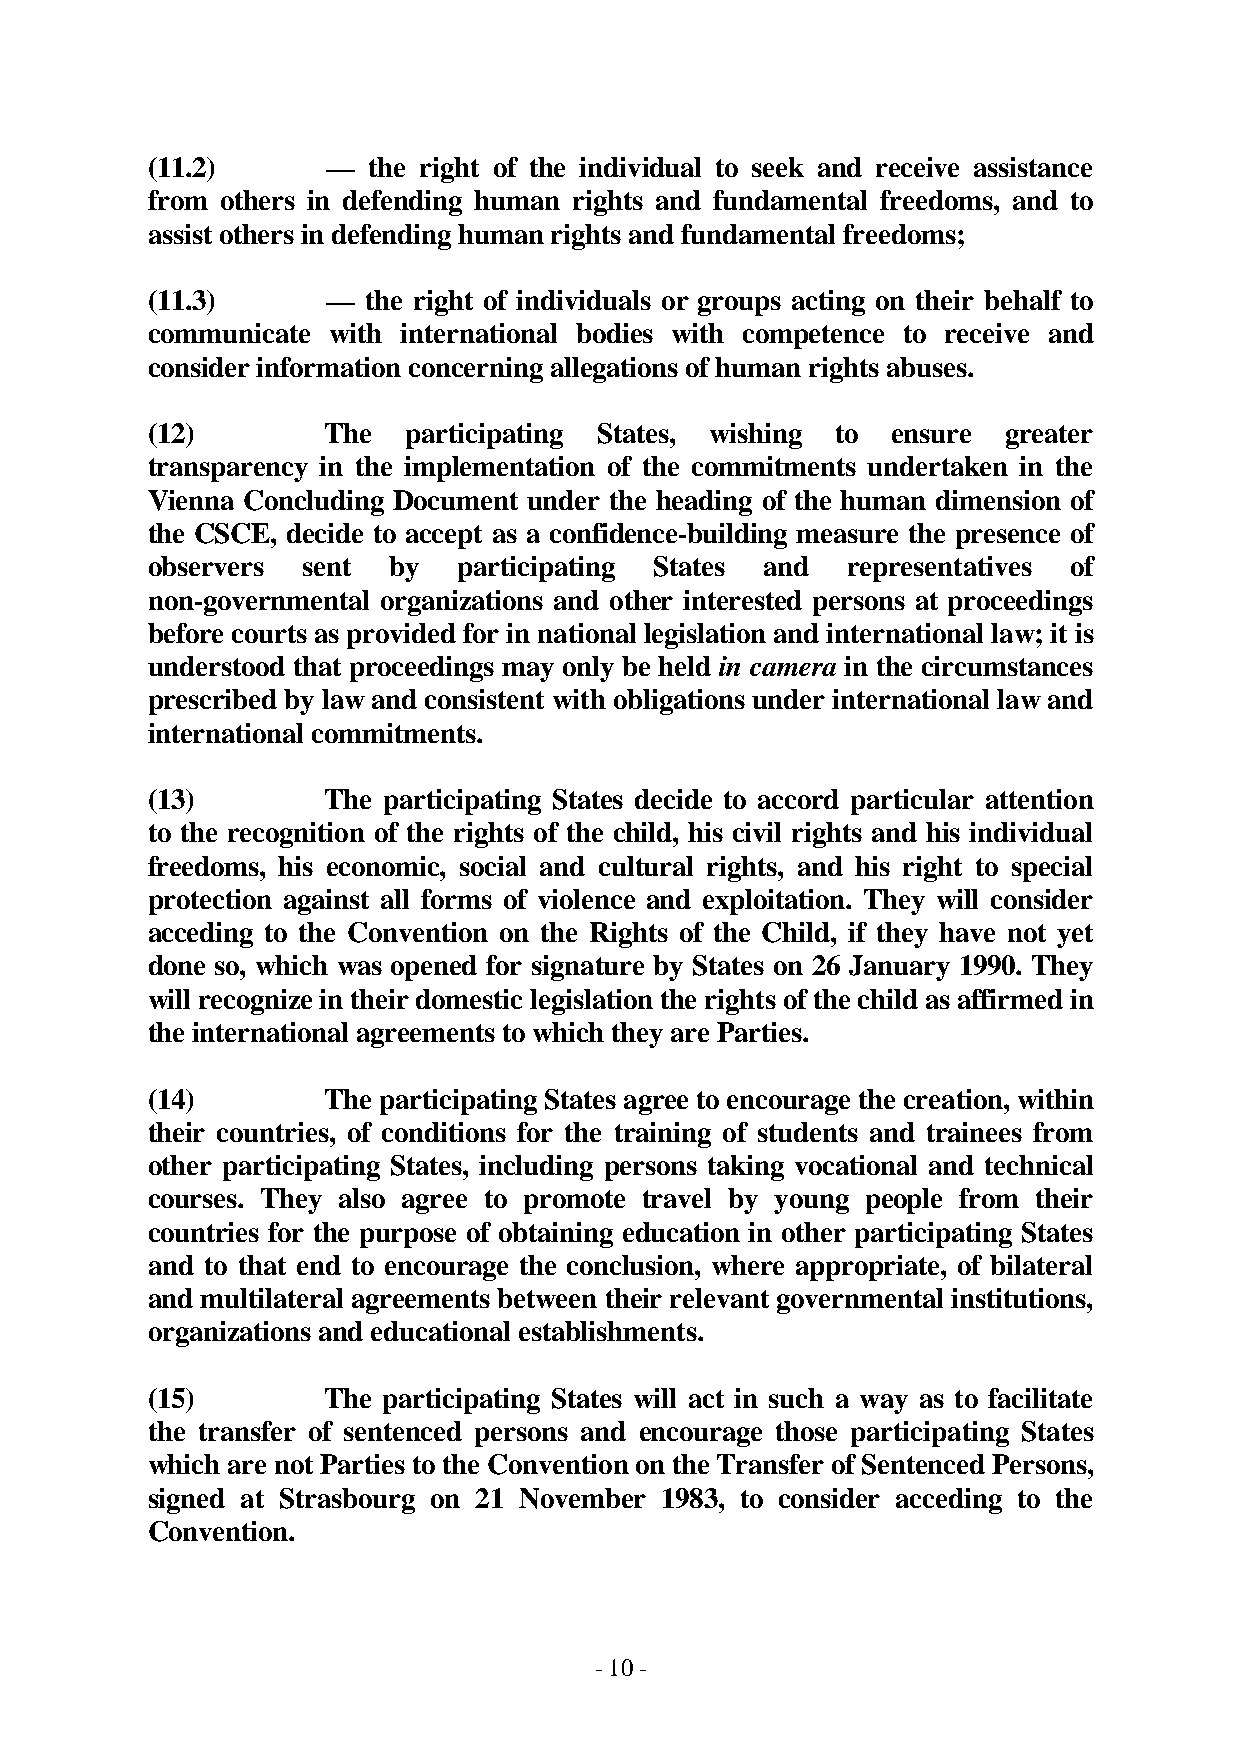
(11.2)      — the right of the individual to seek and receive assistance
 from others in defending human rights and fundamental freedoms, and to
 assist others in defending human rights and fundamental freedoms;
 (11.3)      — the right of individuals or groups acting on their behalf to
 communicate with international bodies with competence to receive and
 consider information concerning allegations of human rights abuses.
 (12)        The  participating States, wishing to ensure greater
 transparency in the implementation of the commitments undertaken in the
 Vienna Concluding Document under the heading of the human dimension of
 the CSCE, decide to accept as a confidence-building measure the presence of
 observers sent  by  participating States and  representatives of
 non-governmental organizations and other interested persons at proceedings
 before courts as provided for in national legislation and international law; it is
 understood that proceedings may only be held in camera in the circumstances
 prescribed by law and consistent with obligations under international law and
 international commitments.
 (13)        The participating States decide to accord particular attention
 to the recognition of the rights of the child, his civil rights and his individual
 freedoms, his economic, social and cultural rights, and his right to special
 protection against all forms of violence and exploitation. They will consider
 acceding to the Convention on the Rights of the Child, if they have not yet
 done so, which was opened for signature by States on 26 January 1990. They
 will recognize in their domestic legislation the rights of the child as affirmed in
 the international agreements to which they are Parties.
 (14)        The participating States agree to encourage the creation, within
 their countries, of conditions for the training of students and trainees from
 other participating States, including persons taking vocational and technical
 courses. They also agree to promote travel by young people from their
 countries for the purpose of obtaining education in other participating States
 and to that end to encourage the conclusion, where appropriate, of bilateral
 and multilateral agreements between their relevant governmental institutions,
 organizations and educational establishments.
 (15)        The participating States will act in such a way as to facilitate
 the transfer of sentenced persons and encourage those participating States
 which are not Parties to the Convention on the Transfer of Sentenced Persons,
 signed at Strasbourg on 21 November 1983, to consider acceding to the
 Convention.
 - 10 -